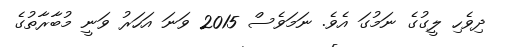
ދިވެހި ލީގުގެ ނަމުގަ އެވެ. ނަމަވެސް 2015 ވަނަ އަހަރު ވަނީ މުބާރާތުގެ